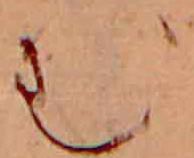
む